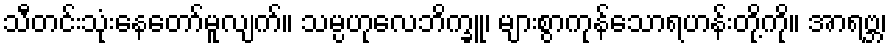
သီတင်းသုံးနေတော်မူလျက်။ သမ္ပဟုလေဘိက္ခူ၊ များစွာကုန်သောရဟန်းတို့ကို။ အာရဗ္ဘ၊